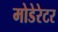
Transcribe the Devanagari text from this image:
मोडेरेटर